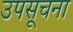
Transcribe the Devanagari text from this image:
उपसूचना